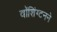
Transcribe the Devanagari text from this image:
वॉशिंग्टनने